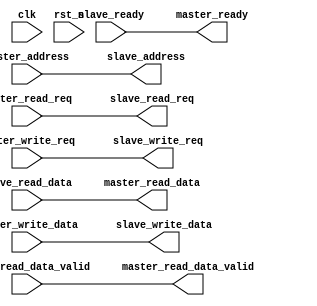
module avalon_x_avalon
#(  parameter   ADDR_WIDTH = 32,
    parameter   DATA_WIDTH = 32
)
(
    // clk/reset_n
    input                           clk, rst_n,
    // master
    input       [ADDR_WIDTH-1:0]    master_address,
    output                          master_ready,
    input       [DATA_WIDTH-1:0]    master_write_data,
    input                           master_write_req,
    input                           master_read_req,
    output      [DATA_WIDTH-1:0]    master_read_data,
    output                          master_read_data_valid,
    // slave
    output      [ADDR_WIDTH-1:0]    slave_address,
    input                           slave_ready,
    output      [DATA_WIDTH-1:0]    slave_write_data,
    output                          slave_write_req,
    output                          slave_read_req,
    input       [DATA_WIDTH-1:0]    slave_read_data,
    input                           slave_read_data_valid
);

    // 
    assign      slave_address = master_address;
    assign      master_ready = slave_ready;
    assign      slave_write_data = master_write_data;
    assign      slave_write_req = master_write_req;
    assign      slave_read_req = master_read_req;
    assign      master_read_data = slave_read_data;
    assign      master_read_data_valid = slave_read_data_valid;


endmodule